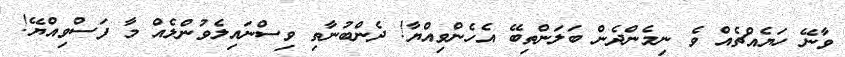
ވާނޭ ހަޔެއްޗެއް ވެ ނިމެންދެން ބަލަންތިބޭ އެހެންވިއްޔާ! ދެންބުނާތި ވިސްނައިލެވުންލެއް މާ ފަސްވިއްޔޭ!